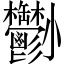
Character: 𡯀